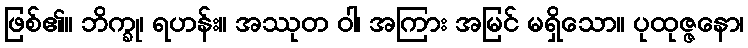
ဖြစ်၏။ ဘိက္ခု၊ ရဟန်း။ အဿုတ ဝါ၊ အကြား အမြင် မရှိသော။ ပုထုဇ္ဇနော၊